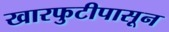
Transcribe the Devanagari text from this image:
खारफुटीपासून